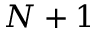
N + 1